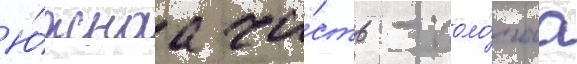
Ю́жнаа ча́сть - поло́гаа